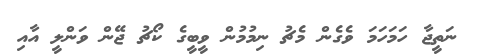
ނަތީޖާ ހަމަހަމަ ވެގެން މެޗު ނިމުމުން ވީބީގެ ކޯޗު ޖޭން ވަންލީ އާއި